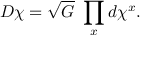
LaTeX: { \cal D } \chi = \sqrt { G } \ \prod _ { x } d \chi ^ { x } .